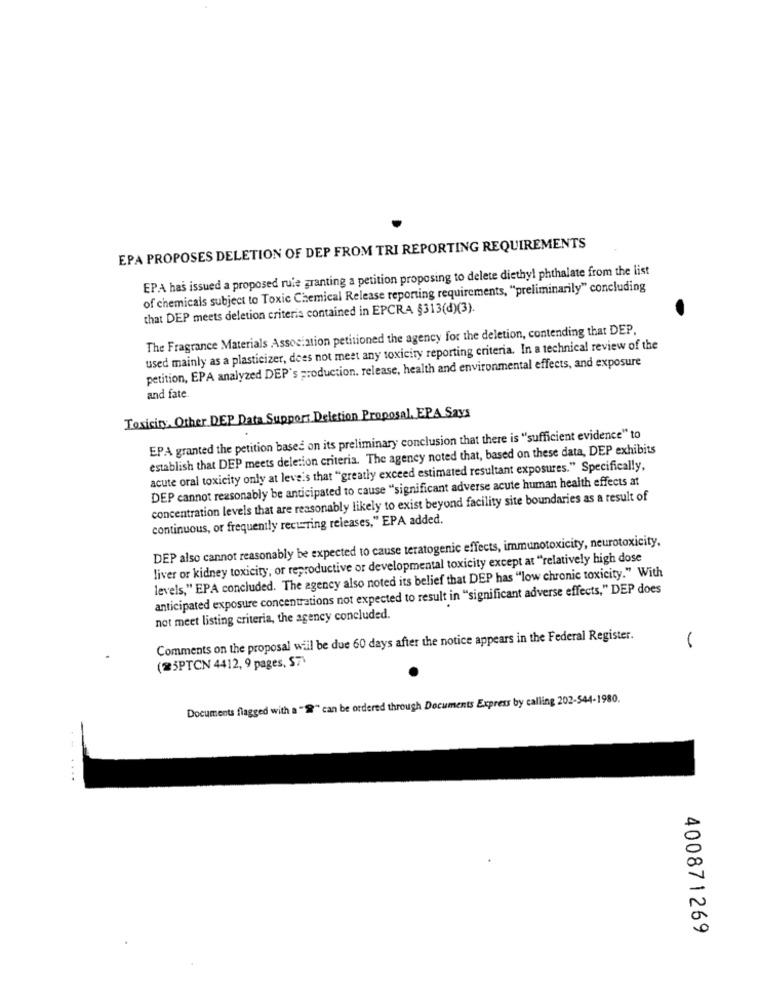
EPA PROPOSES DELETION OF DEP FROM TRI REPORTING REQUIREMENTS
EPA has issued a proposed rule granting a petition proposing to delete diethyl phthalate from the list
of chemicals subject to Toxic Chemical Release reporting requirements, "preliminarily" concluding
that DEP meets deletion criteris contained in EPCRA §313(d)(3).
The Fragrance Materials Association petitioned the agency for the deletion, contending that DEP.
used mainly as a plasticizer, does not meet any toxicity reporting criteria. In a technical review of the
petition, EPA analyzed DEP's production. release, health and environmental effects, and exposure
and fate.
Toxicity. Other DEP Data Support Deletion Proposal. EPA Says
EPA granted the petition based on its preliminary conclusion that there is "sufficient evidence" to
establish that DEP meets deletion criteria. The agency noted that, based on these data, DEP exhibits
acute oral toxicity only at leveis that "greatly exceed estimated resultant exposures." Specifically,
DEP cannot reasonably be anticipated to cause "significant adverse acute human health effects at
concentration levels that are reasonably likely to exist beyond facility site boundaries as a result of
continuous, or frequently recurring releases," EPA added.
DEP also cannot reasonably be expected to cause teratogenic effects, immunotoxicity, neurotoxicity,
liver or kidney toxicity, or reproductive or developmental toxicity except at "relatively high dose
levels," EPA concluded. The agency also noted its belief that DEP has "low chronic toxicity." With
anticipated exposure concentrations not expected to result in "significant adverse effects," DEP does
not meet listing criteria, the agency concluded.
Comments on the proposal will be due 60 days after the notice appears in the Federal Register.
-
(25PTCN 4412, 9 pages, 57'
Documents flagged with a "@" can be ordered through Documents Express by calling 202-544-1980.
400871269